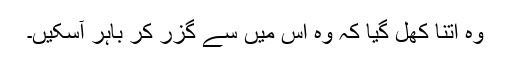
وہ اتنا کھل گیا کہ وہ اس میں سے گزر کر باہر آسکیں۔